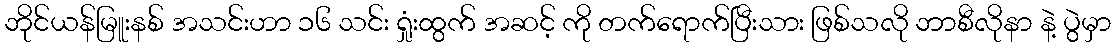
ဘိုင်ယန်မြူးနစ် အသင်းဟာ ၁၆ သင်း ရှုံးထွက် အဆင့် ကို တက်ရောက်ပြီးသား ဖြစ်သလို ဘာစီလိုနာ နဲ့ ပွဲမှာ